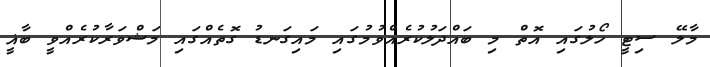
މާލޭ ސިޓީ ހޯލުގައި އޮތް މި ބައްދަލުކުރެއްވުމުގައި މައިގަނޑު ގޮތެއްގައި މަޝްވަރާކުރެއްވީ ބާޣީ